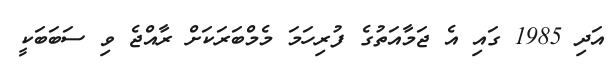
އަދި 1985 ގައި އެ ޖަމާއަތުގެ ފުރިހަމަ މެމްބަރަކަށް ރާއްޖެ ވި ސަބަބަކީ